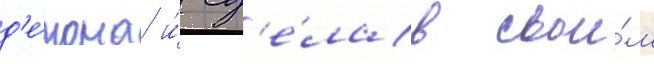
д'е́мона и́ сд'е́лав свои́м